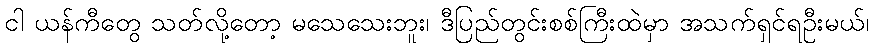
ငါ ယန်ကီတွေ သတ်လို့တော့ မသေသေးဘူး၊ ဒီပြည်တွင်းစစ်ကြီးထဲမှာ အသက်ရှင်ရဦးမယ်၊